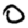
Digit: 0